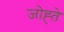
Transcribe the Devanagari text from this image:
जोह्ते